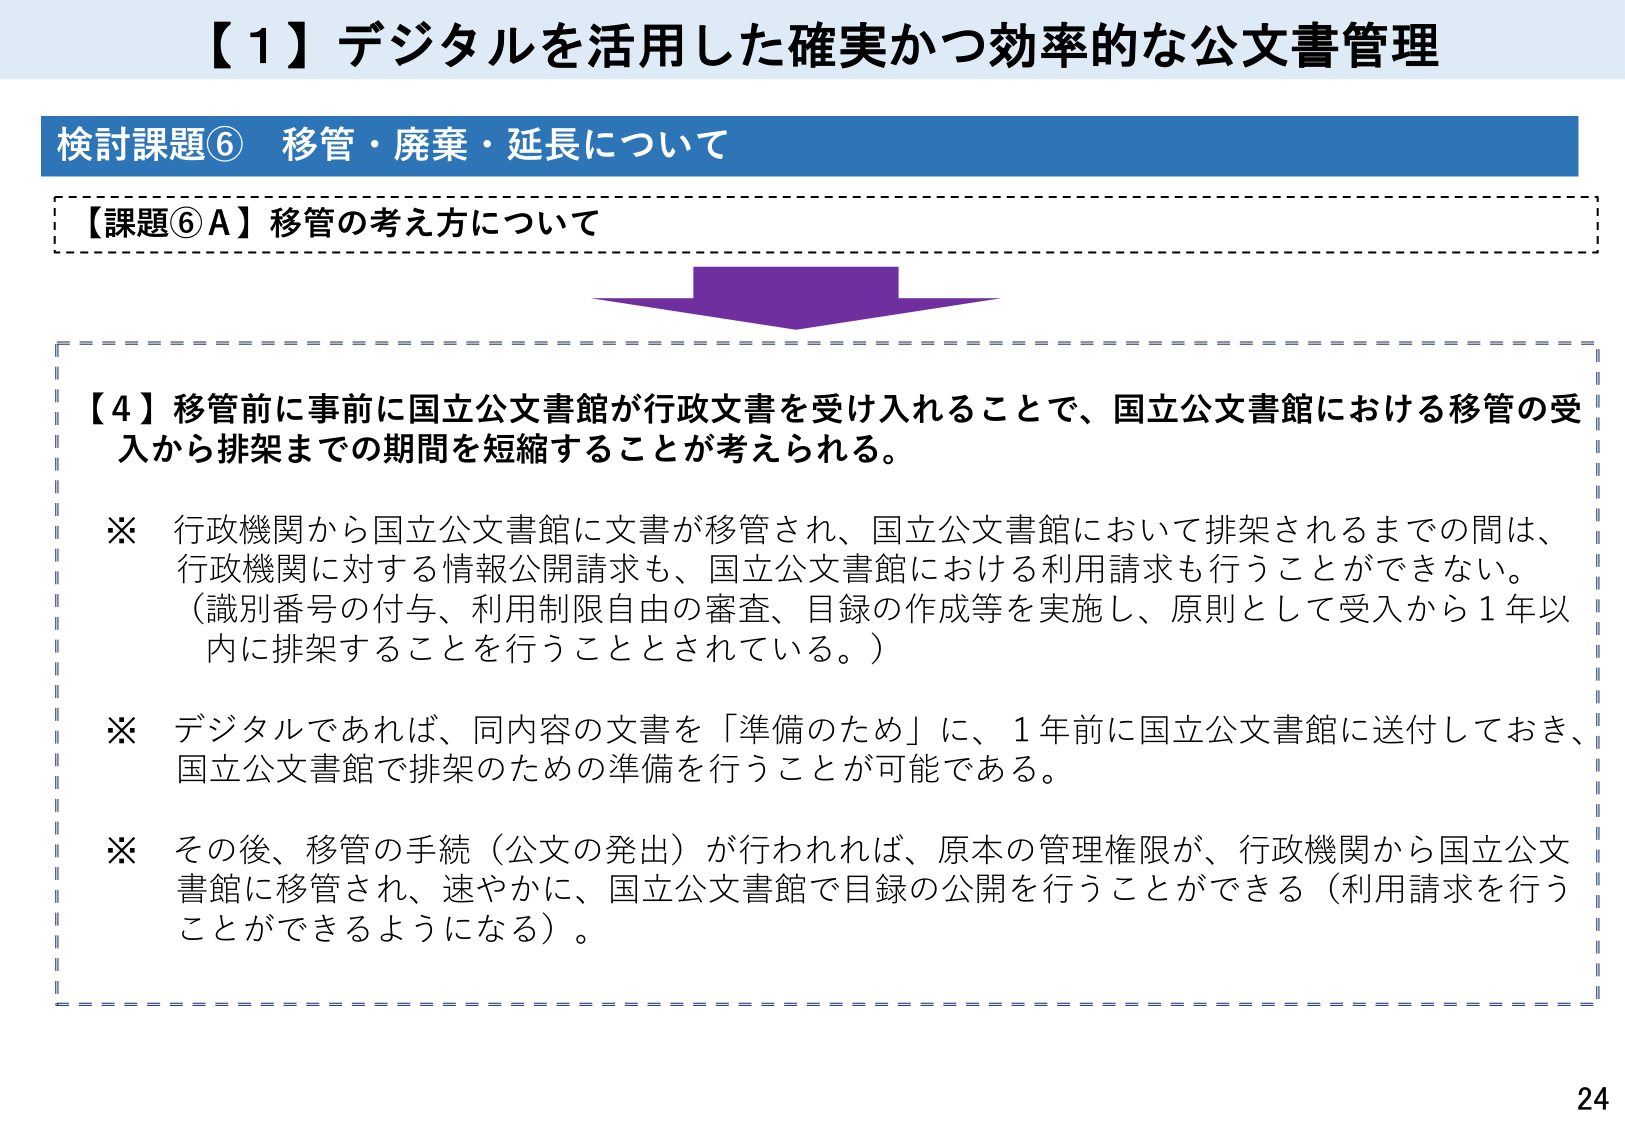
【１】デジタルを活用した確実かつ効率的な公文書管理

検討課題⑥ 移管・廃棄・延長について

【課題⑥Ａ】移管の考え方について

【４】移管前に事前に国立公文書館が行政文書を受け入れることで、国立公文書館における移管の受入から排架までの期間を短縮することが考えられる。

※ 行政機関から国立公文書館に文書が移管され、国立公文書館において排架されるまでの間は、行政機関に対する情報公開請求も、国立公文書館における利用請求も行うことができない。（識別番号の付与、利用制限自由の審査、目録の作成等を実施し、原則として受入から１年以内に排架することを行うこととされている。）

※ デジタルであれば、同内容の文書を「準備のため」に、１年前に国立公文書館に送付しておき、国立公文書館で排架のための準備を行うことが可能である。

※ その後、移管の手続（公文の発出）が行われれば、原本の管理権限が、行政機関から国立公文書館に移管され、速やかに、国立公文書館で目録の公開を行うことができる（利用請求を行うことができるようになる）。

24